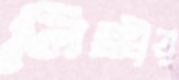
লিঙ্গীয়